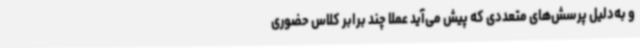
و به‌دلیل پرسش‌های متعددی که پیش می‌آید عملاً چند برابر کلاس حضوری